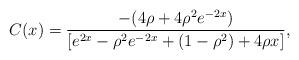
LaTeX: \begin{align*}C(x)=\frac{-(4\rho+4\rho^2e^{-2x})}{[e^{2x}-\rho^2e^{-2x}+(1-\rho^2)+4\rho x]},\end{align*}